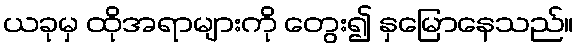
ယခုမှ ထိုအရာများကို တွေး၍ နှမြောနေသည်။